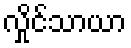
လှိုင်သာယာ